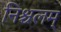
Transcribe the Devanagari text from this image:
निश्चलम्